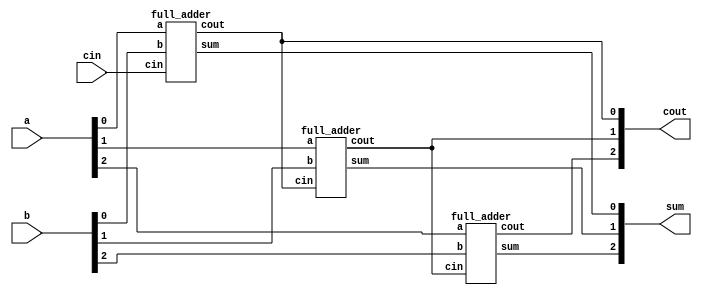
module top_module( 
    input [2:0] a, b,
    input cin,
    output [2:0] cout,
    output [2:0] sum );
    
    full_adder inst_full_adder0(
        .a(a[0]),
        .b(b[0]),
        .cin(cin),
        .sum(sum[0]),
        .cout(cout[0])
    );
    
   full_adder inst_full_adder1(
       .a(a[1]),
       .b(b[1]),
       .cin(cout[0]),
       .sum(sum[1]),
       .cout(cout[1])
    );
    
    full_adder inst_full_adder2(
        .a(a[2]),
        .b(b[2]),
        .cin(cout[1]),
        .sum(sum[2]),
        .cout(cout[2])
    );

endmodule

module full_adder (
	input a, b, cin,
    output sum, cout
);
    assign sum = a ^ b ^ cin;
    assign cout =a&b | a&cin | b&cin;
    
endmodule